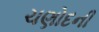
ચણોદની